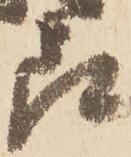
良